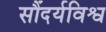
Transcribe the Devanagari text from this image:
सौंदर्यविश्व